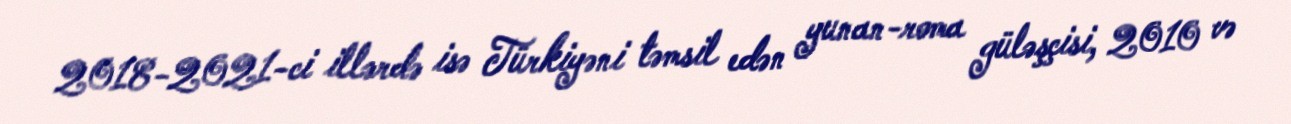
2018-2021-ci illərdə isə Türkiyəni təmsil edən yunan-roma güləşçisi, 2010 və